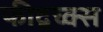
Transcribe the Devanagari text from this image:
फीद्बच्क्स